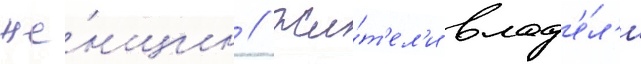
же́нщин // Жи́т'ел'и влад'е́л'и